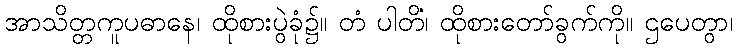
အာသိတ္တကူပဓာနေ၊ ထိုစားပွဲခုံ၌။ တံ ပါတိံ၊ ထိုစားတော်ခွက်ကို။ ဌပေတွာ၊